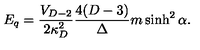
E _ { q } = { \frac { V _ { D - 2 } } { 2 \kappa _ { D } ^ { 2 } } } { \frac { 4 ( D - 3 ) } { \Delta } } m \sinh ^ { 2 } \alpha .